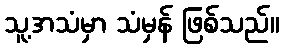
သူ့အသံမှာ သံမှန် ဖြစ်သည်။